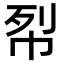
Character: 㡂